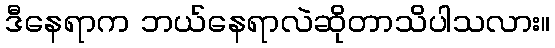
ဒီနေရာက ဘယ်နေရာလဲဆိုတာသိပါသလား။